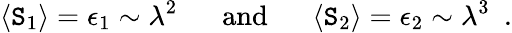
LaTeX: \langle\mathtt{S}_{1}\rangle=\epsilon_{1}\sim\lambda^{2}\, \, \, \, \, \, \, \, \mathrm{{~and~}}\, \, \, \, \, \, \, \, \langle\mathtt{S}_{2}\rangle=\epsilon_{2}\sim\lambda^{3}\, \, \, .